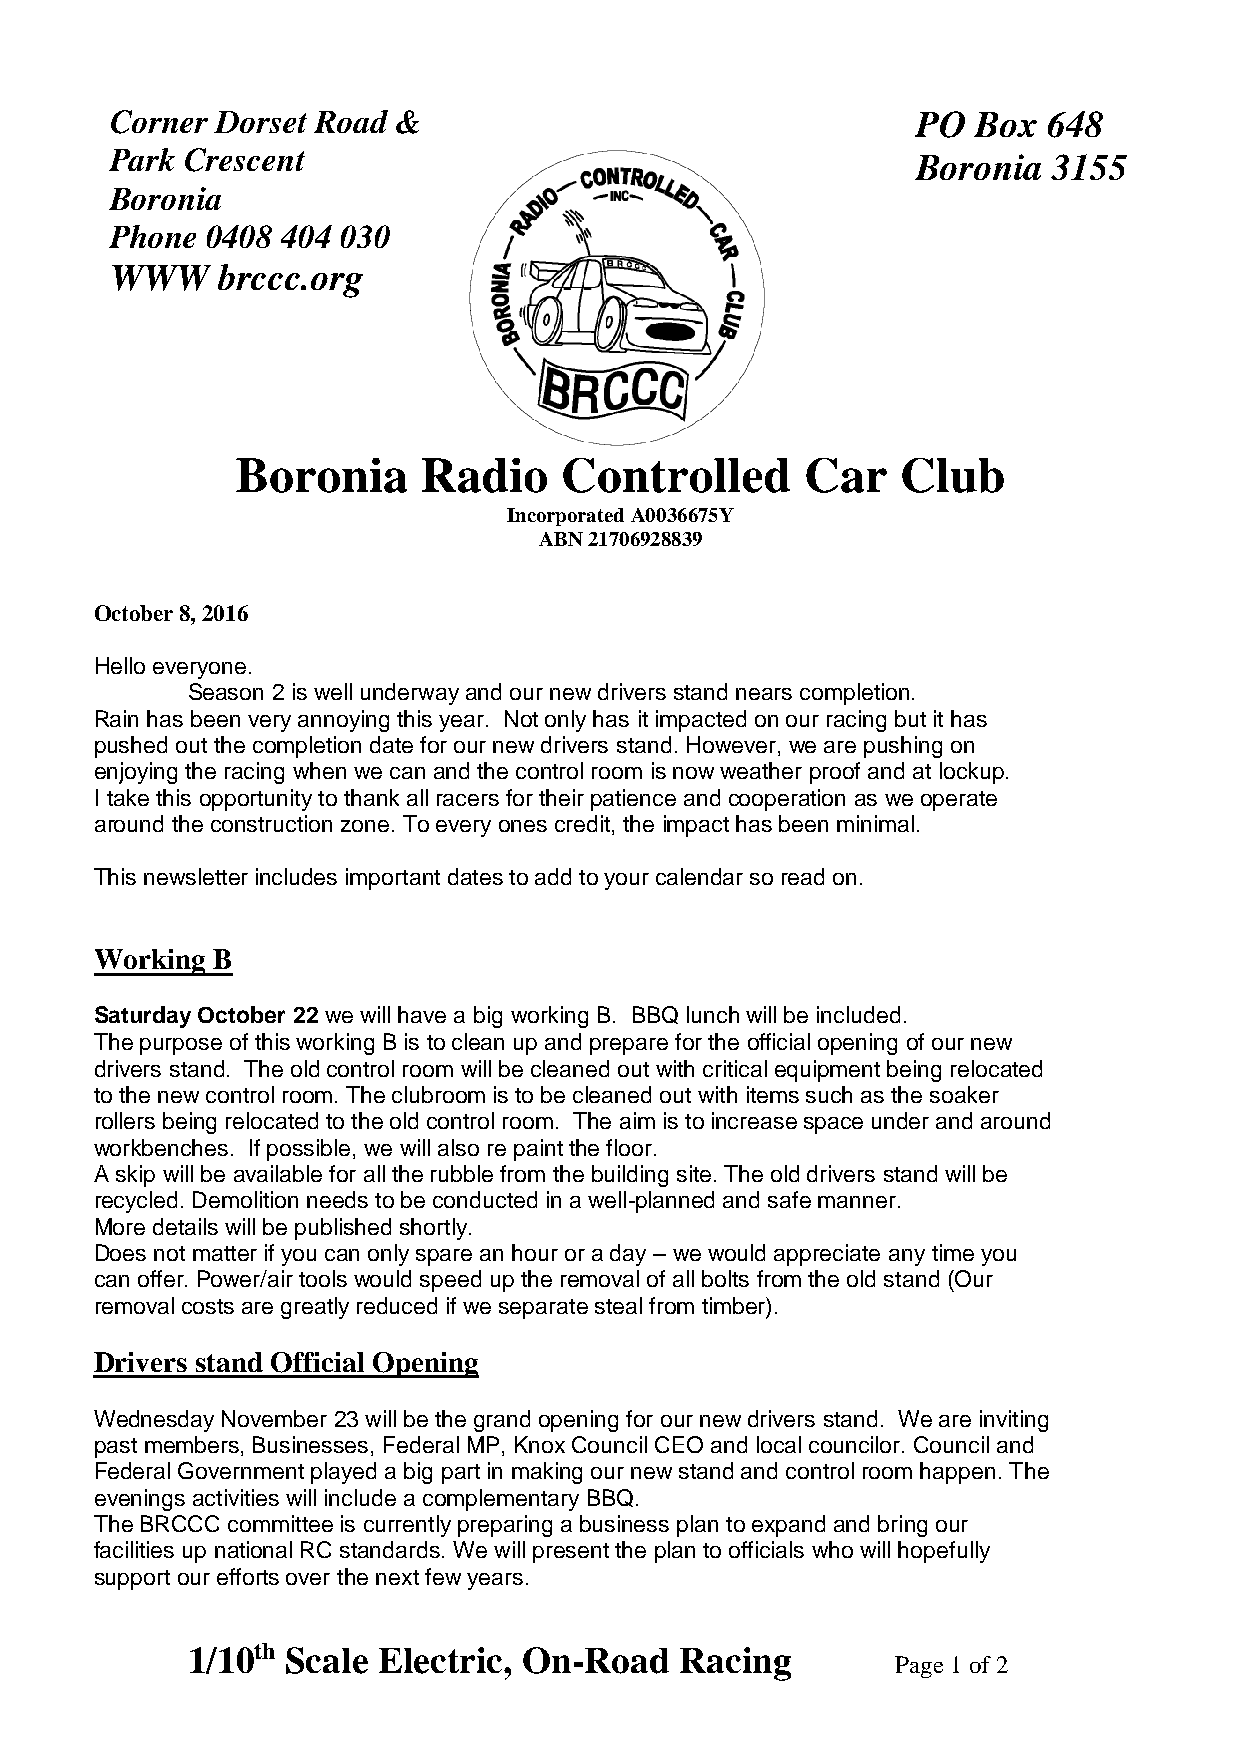
Corner Dorset Road &                                  PO  Box 648
 Park Crescent                                         Boronia  3155
 Boronia
 Phone  0408 404 030
 WWW    brccc.org
 Boronia     Radio    Controlled      Car    Club
 Incorporated A0036675Y
 ABN 21706928839
 October 8, 2016
 Hello everyone.
 Season 2 is well underway and our new drivers stand nears completion.
 Rain has been very annoying this year. Not only has it impacted on our racing but it has
 pushed out the completion date for our new drivers stand. However, we are pushing on
 enjoying the racing when we can and the control room is now weather proof and at lockup.
 I take this opportunity to thank all racers for their patience and cooperation as we operate
 around the construction zone. To every ones credit, the impact has been minimal.
 This newsletter includes important dates to add to your calendar so read on.
 Working B
 Saturday October 22 we will have a big working B. BBQ lunch will be included.
 The purpose of this working B is to clean up and prepare for the official opening of our new
 drivers stand. The old control room will be cleaned out with critical equipment being relocated
 to the new control room. The clubroom is to be cleaned out with items such as the soaker
 rollers being relocated to the old control room. The aim is to increase space under and around
 workbenches. If possible, we will also re paint the floor.
 A skip will be available for all the rubble from the building site. The old drivers stand will be
 recycled. Demolition needs to be conducted in a well-planned and safe manner.
 More details will be published shortly.
 Does not matter if you can only spare an hour or a day – we would appreciate any time you
 can offer. Power/air tools would speed up the removal of all bolts from the old stand (Our
 removal costs are greatly reduced if we separate steal from timber).
 Drivers stand Official Opening
 Wednesday November 23 will be the grand opening for our new drivers stand. We are inviting
 past members, Businesses, Federal MP, Knox Council CEO and local councilor. Council and
 Federal Government played a big part in making our new stand and control room happen. The
 evenings activities will include a complementary BBQ.
 The BRCCC committee is currently preparing a business plan to expand and bring our
 facilities up national RC standards. We will present the plan to officials who will hopefully
 support our efforts over the next few years.
 1/10th Scale Electric, On-Road   Racing
 Page 1 of 2